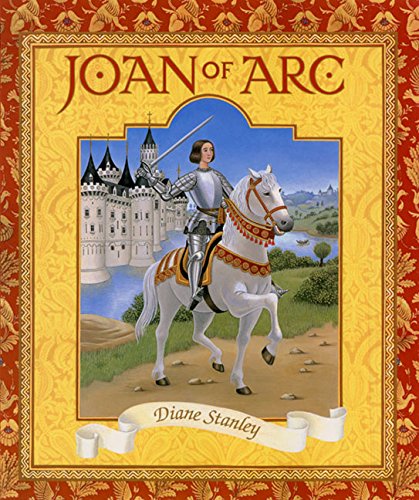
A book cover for Joan of Arc; Diane Stanley; Christian Books & Bibles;